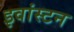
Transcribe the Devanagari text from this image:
इवांस्टन